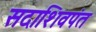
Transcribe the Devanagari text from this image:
सदाशिवपंत